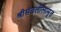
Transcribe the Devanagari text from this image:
श्रीसंतलीलामृत